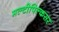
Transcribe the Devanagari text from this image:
मल्टीपिल्कसर